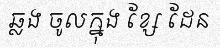
ឆ្លង ចូលក្នុង ខ្សែ ដែន